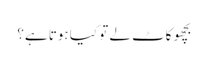
بچھو کاٹ لے تو کیا ہوتا ہے؟